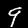
Digit: 9